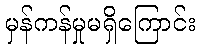
မှန်ကန်မှုမရှိကြောင်း